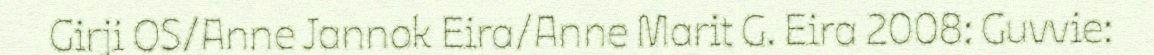
Girji OS/Anne Jannok Eira/Anne Marit G. Eira 2008: Guvvie: